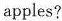
apples?